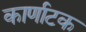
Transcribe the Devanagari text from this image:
कार्णाटक